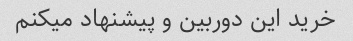
خرید این دوربین و پیشنهاد میکنم